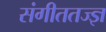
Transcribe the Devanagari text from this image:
संगीततज्ज्ञ